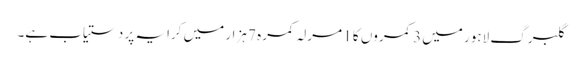
گلبرگ لاہور میں 3 کمروں کا 1 مرلہ کمرہ 7 ہزار میں کرایہ پر دستیاب ہے۔